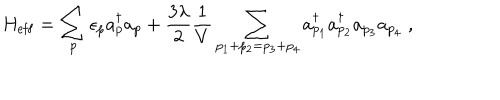
LaTeX: H _ { \mathrm { e f f } } = \sum _ { p } \epsilon _ { p } a _ { p } ^ { \dagger } a _ { p } + \frac { 3 \lambda } 2 \frac 1 V \sum _ { p _ { 1 } + p _ { 2 } = p _ { 3 } + p _ { 4 } } a _ { p _ { 1 } } ^ { \dagger } a _ { p _ { 2 } } ^ { \dagger } a _ { p _ { 3 } } a _ { p _ { 4 } } \; ,